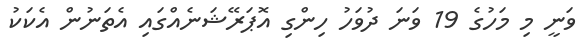
ވަނީ މި މަހުގެ 19 ވަނަ ދުވަހު ހިންގި އޮޕަރޭޝަނެއްގައި އެތަނުން އެކަކު